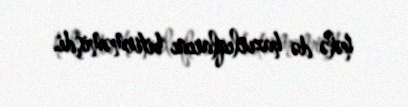
hələ də hazırlıqlarını bitirməmişdi.